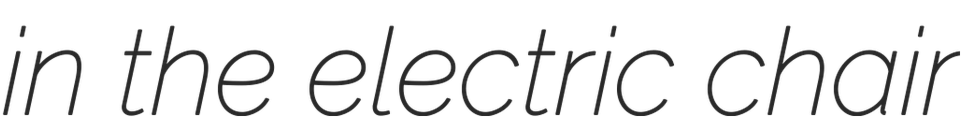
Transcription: in the electric chair